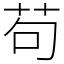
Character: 苟